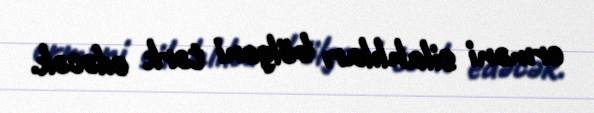
erməni silahlıları bölgəni tərk edəcək.